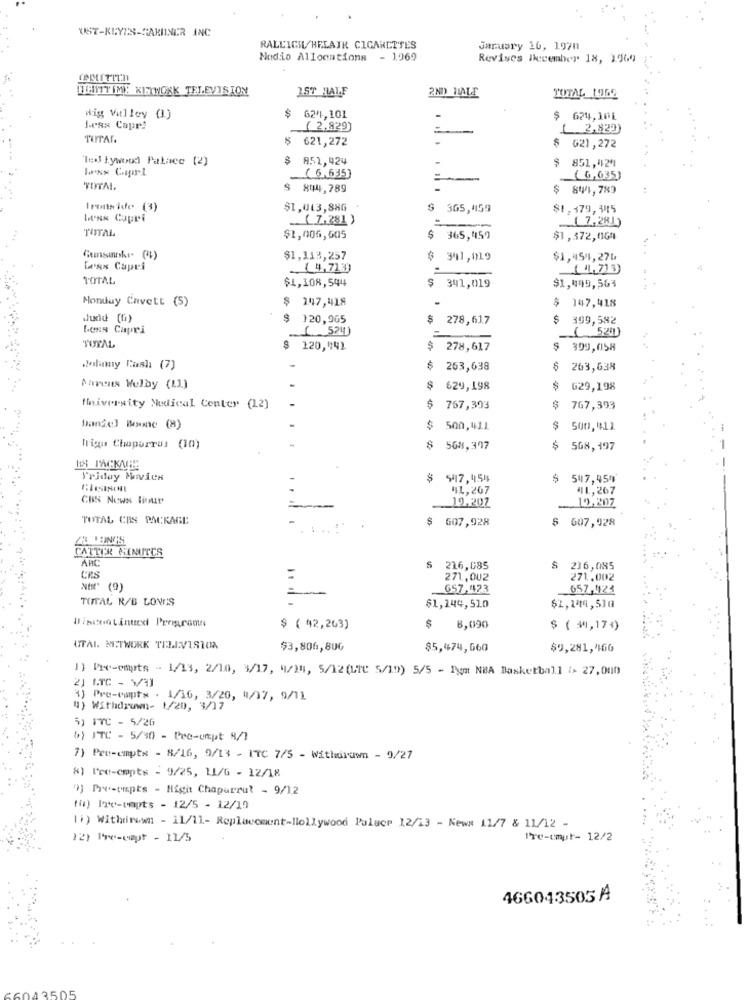
UST-KEYES-SARDINER INC
RALEIGH HELATR CIGARETTES
January 16, 1970
Nodio Allocations - 1969
Revises December 18, 1969
WIEISTTIME KISTWORK TELEVISION
157 HALF
2ND HIALI
TOTAL 196E
Wig Valley (1)
$
624,101
$ 624,101
Jess Capr!
( 2,829)
=
( 2.820)
TUTAR.
621,272
G21,272
Ted Lywood Palace (2)
851,424
851,424
(6,635)
(6,635)
TOTAL
$ 844,789
-
$ 841, 789
Incide (3)
$1,013,886
$ 365,459
$1,379,345
Lens Cupri
(7,281)
( 7.28])
TOTAL
$1,006,605
$
365,459
$1,372,004
$1,113,257
$ 341,019
$1,454,270
Legs Capri
.14,713)
TOTAL
$1,108,544
$ 341,019
$1,049,563
Monday Cavett (S)
147,418
$ 147,418
dudd (G)
$ 120,965
$
278,617
$ 399,582
Less Capri
1 524)
( 52)
TOTAL
120,441
278,617
$ 399,058
lamy Cash (7)
-
263,638
$
263,638
Parents Welby (LL)
$
629,198
$
G29,198
thniversity Medical Center (12)
$
767,393
$
767,393
Daniel Boone (8)
$ 500,411
$ 500,411
Wrigu Chuporrus (10)
$ 568,397
$
568,197
Friday MiviCH
$ 547,454
547,450
41,267
41, 267
CBS News litur
19,202
_10,207
TOTAL CBS PACKAGE
607,928
$ 607,928
CATTIER MINUTES
ARC
S 216,085
236,085
CRS
271,002
271,002
Ntff' (0)
657,423
657,424
TOTAL R/B LONES
$1,144,510
$2,144,53@
Il isiton Linux Programu
$ ( 42,263)
$ 8,090
$ ( #1,174)
UTAL. MITWORK TELEVIS10%
$3,806,800
$5,474,660
$9,281,460
1) Pre-empts - 1/13, 2/10, 3/17, 9/14, 5/12 (UTC 5/19) 5/5 - Pga NBA Basketball i> 27,000
4) Pre-capta . 1/16, 3/20, 4/37, 9/11
4) Withdrawn- 1/20, 3/17
5) FTC - 5/26
$) JTC - 5/40 - Pec-umpt 8/1
7) Pre-empts - 8/16, 9/13 - ITC 7/5 - Withdrawn - 9/27
8) Pre-empts - 9/25, 11/6 - 12/18
" Pre-thispts - High Chaparrut - 9/12
(0) 12%-capts - 12/5 - 12/19
1) Withrirewn - 11/11- Replacement-Hollywood Pulucr 12/13 - New# 11/7 & 11/12 -
12) Pre-capt - 11/5
Pre-umut- 12/2
466043505 A